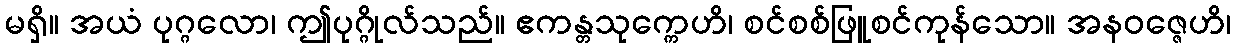
မရှိ။ အယံ ပုဂ္ဂလော၊ ဤပုဂ္ဂိုလ်သည်။ ဧကန္တသုက္ကေဟိ၊ စင်စစ်ဖြူစင်ကုန်သော။ အနဝဇ္ဇေဟိ၊